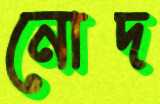
নোদ